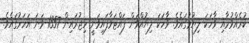
ކުރެއްވުމާއި ވާހަކަ ލިޔުމުގައެވެ. ވާހަކަ ލިޔުއްވަން ފައްޓަވާފައިވަނީ ހިޖުރައިން 1357 ވަނަ އަހަރުގައެވެ.